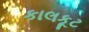
કાલકૂટ